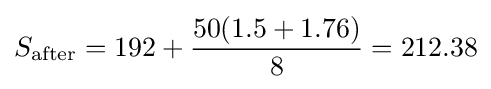
S_{\text{after}}={\text{192}}+{50(1.5+1.76) \over 8}=212.38